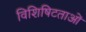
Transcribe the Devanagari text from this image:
विशिषिटताओं